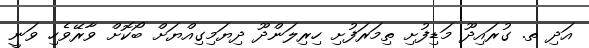
އަދި ތ. ގުރައިދޫ މަޑިފުށި ތިމަރަފުށި ހިރިލަންދޫ ދިޔަމިގިއްޔަށް ބޯކޮށް ވާރޭވެހި ވަނީ